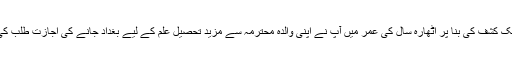
ایک کشف کی بنا پر اٹھارہ سال کی عمر میں آپ نے اپنی والدہ محترمہ سے مزید تحصیل علم کے لیے بغداد جانے کی اجازت طلب کی۔